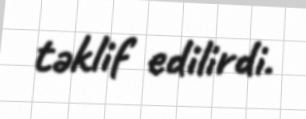
təklif edilirdi.